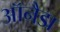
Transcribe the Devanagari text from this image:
ऑनैडा